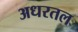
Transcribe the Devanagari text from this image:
अधरतल